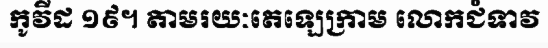
កូវីដ ១៩។ តាមរយៈតេឡេក្រាម លោកជំទាវ